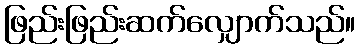
ဖြည်းဖြည်းဆက်လျှောက်သည်။